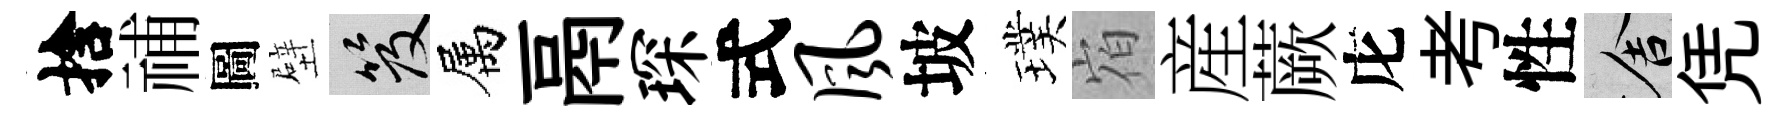
捨𥙷圖壁笈属鬲琛式风坡璞𪧐産蕨庀考性舍凭